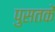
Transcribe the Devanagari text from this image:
पुसतकें